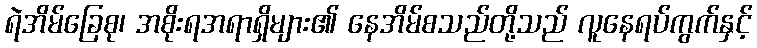
ရဲအိမ်ခြေစု၊ အစိုးရအရာရှိများ၏ နေအိမ်စသည်တို့သည် လူနေရပ်ကွက်နှင့်